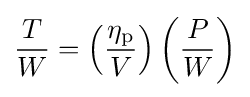
{\frac {T}{W}}=\left({\frac {\eta _{\mathrm {p} }}{V}}\right)\left({\frac {P}{W}}\right)